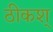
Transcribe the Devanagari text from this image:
ठीकश्